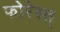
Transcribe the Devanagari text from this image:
फोरेस्त्